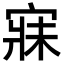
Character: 寐